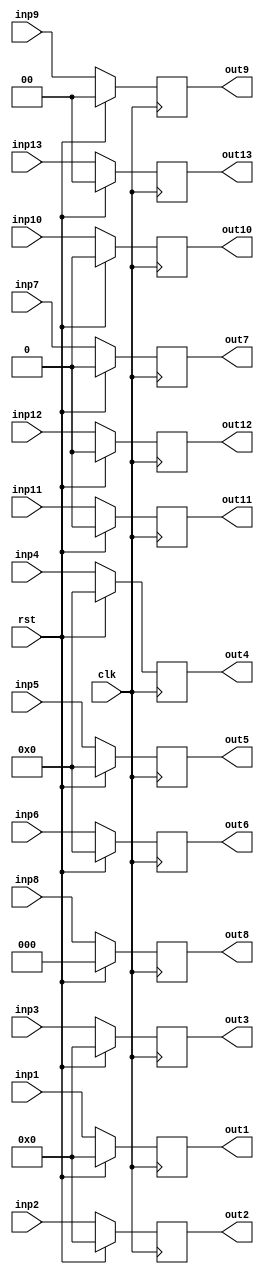
module ID_EX(clk, rst,inp1, inp2, inp3,inp4, inp5, inp6,inp8,inp9, inp13,inp7, inp10, inp11, inp12,out1, out2, out3,out4, out5, out6,out8,out9, out13,out7, out10, out11, out12);
    input [31:0] inp1, inp2, inp3;
    input [4:0] inp4, inp5, inp6;
    input [2:0] inp8;
    input [1:0] inp9, inp13;
    input inp7, inp10, inp11, inp12;
    input clk, rst;
    output reg [31:0] out1, out2, out3;
    output reg [4:0] out4, out5, out6;
    output reg [2:0] out8;
    output reg [1:0] out9, out13;
    output reg out7, out10, out11, out12;
    always @(posedge clk) begin
        if (rst == 1'b0) begin
            out1 <= inp1;
            out2 <= inp2;
            out3 <= inp3;
            out4 <= inp4;
            out5 <= inp5;
            out6 <= inp6;
            out7 <= inp7;
            out8 <= inp8;
            out9 <= inp9;
            out10 <= inp10;
            out11 <= inp11;
            out12 <= inp12;
            out13 <= inp13;
        end
        else begin
            out1 <= 32'b0;
            out2 <= 32'b0;
            out3 <= 32'b0;
            out4 <= 5'b0;
            out5 <= 5'b0;
            out6 <= 5'b0;
            out7 <= 1'b0;
            out8 <= 3'b0;
            out9 <= 2'b0;
            out10 <= 1'b0;
            out11 <= 1'b0;
            out12 <= 1'b0;
            out13 <= 2'b0;
        end
    end
endmodule